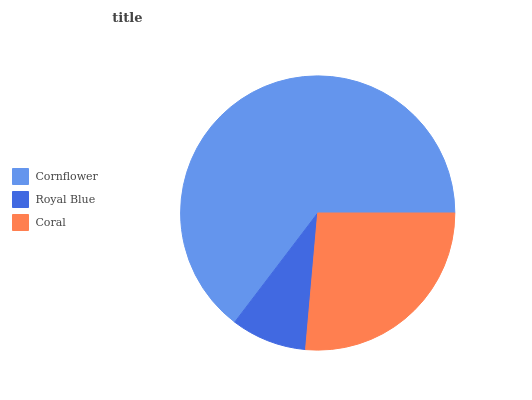
| Cornflower | Royal Blue | Coral |
 | --- | --- | --- |
 | 64.6% | 8.95% | 26.4% |